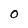
Character: O